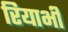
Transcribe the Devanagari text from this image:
रियाभी